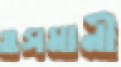
ওসমানী